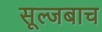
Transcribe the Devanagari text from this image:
सूल्जबाच